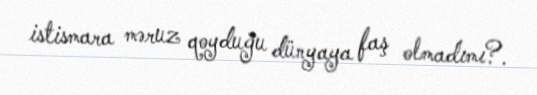
istismara məruz qoyduğu dünyaya faş olmadımı?.